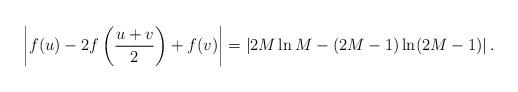
LaTeX: \begin{align*}\left|f(u)-2f\left(\frac{u+v}{2}\right)+f(v)\right| = \left | 2M \ln M - (2M-1) \ln (2M-1) \right|.\end{align*}